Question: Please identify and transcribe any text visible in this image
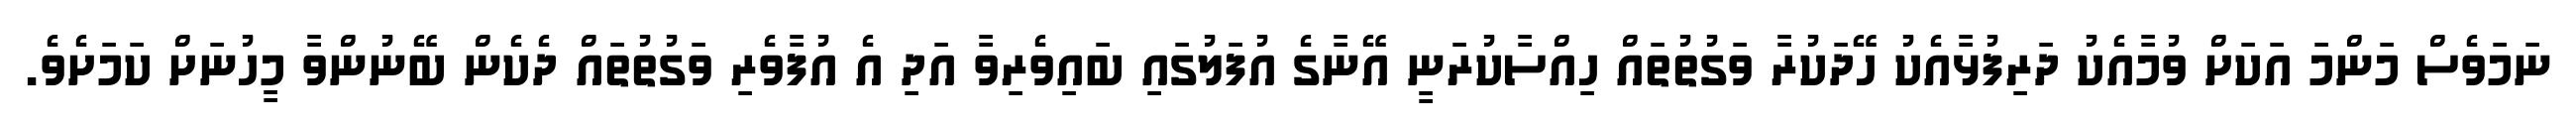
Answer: ނަމަވެސް މަންމަ އަކަށް ވުމާއެކު ދަރިފުޅާއެކު ހޭދަކުރާ ވަގުތުތައް ހިއްސާކުރަނީ އޭނާގެ އުފަލުގައި ބައިވެރިވާ އަދި އެ އުފާވެރި ވަގުތުތައް ދެކެން ބޭނުންވާ މީހުނަށް ކަމަށެވެ.